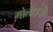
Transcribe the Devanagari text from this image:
गोलंदाज़ी